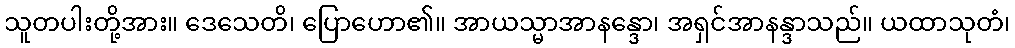
သူတပါးတို့အား။ ဒေသေတိ၊ ပြောဟော၏။ အာယသ္မာအာနန္ဒော၊ အရှင်အာနန္ဒာသည်။ ယထာသုတံ၊